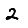
Digit: 2